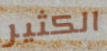
الكثير